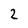
Character: 2